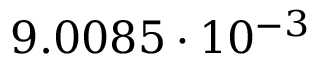
9 . 0 0 8 5 \cdot 1 0 ^ { - 3 }